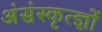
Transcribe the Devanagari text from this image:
अंसंस्कृत्ज्ञों